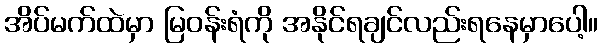
အိပ်မက်ထဲမှာ မြဝန်းရံကို အနိုင်ရချင်လည်းရနေမှာပေါ့။